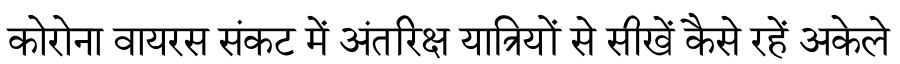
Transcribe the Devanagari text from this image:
कोरोना वायरस संकट में अंतरिक्ष यात्रियों से सीखें कैसे रहें अकेले